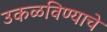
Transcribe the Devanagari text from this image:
उकळविण्याचे